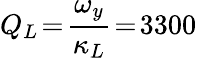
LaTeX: Q_{L}\! =\! \frac{\omega_{y}}{\kappa_{L}}\! =\! 3300